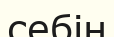
себін